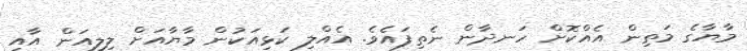
މާޔާގެ މަތިން އެއްކޮށް ހަނދާން ނެތިފައެވެ. އެއްލި ކަޅިއަކުން މާޔާއަށް ލިލިއަން އާއި